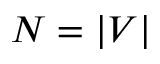
N = | V |